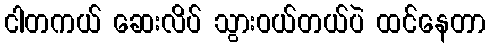
ငါတကယ် ဆေးလိပ် သွားဝယ်တယ်ပဲ ထင်နေတာ